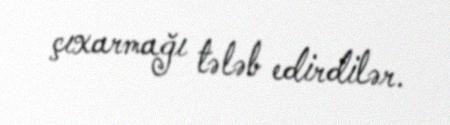
çıxarmağı tələb edirdilər.